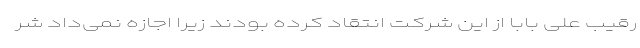
رقیب علی بابا از این شرکت انتقاد کرده بودند زیرا اجازه نمی‌داد شر